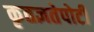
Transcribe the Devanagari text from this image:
कृतज्ञतेपोटी